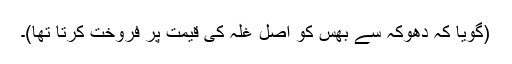
(گویا کہ دھوکہ سے بھس کو اصل غلہ کی قیمت پر فروخت کرتا تھا)۔